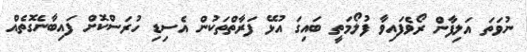
ނުވަތަ އަލިފާން ރޯވެފައިވާ ފުލޯމަތީ ބައިގަ އުޅޭ ފަރާތްތަކުން އެސިޑި ހުރަސްކޮށް ފައިބާނެގޮތެއް